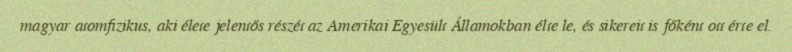
magyar atomfizikus, aki élete jelentős részét az Amerikai Egyesült Államokban élte le, és sikereit is főként ott érte el.